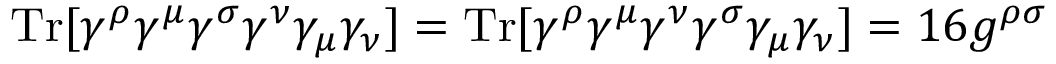
\mathrm { T r } [ \gamma ^ { \rho } \gamma ^ { \mu } \gamma ^ { \sigma } \gamma ^ { \nu } \gamma _ { \mu } \gamma _ { \nu } ] = \mathrm { T r } [ \gamma ^ { \rho } \gamma ^ { \mu } \gamma ^ { \nu } \gamma ^ { \sigma } \gamma _ { \mu } \gamma _ { \nu } ] = 1 6 g ^ { \rho \sigma }